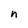
Character: n